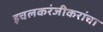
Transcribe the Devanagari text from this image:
इचलकरंजीकरांचा